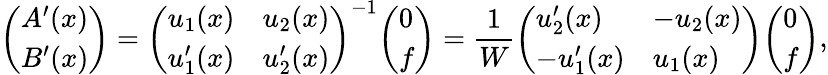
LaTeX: {\left(\begin{array}{l}{A^{\prime}(x)}\\ {B^{\prime}(x)}\end{array}\right)}={\left(\begin{array}{ll}{u_{1}(x)}&{u_{2}(x)}\\ {u_{1}^{\prime}(x)}&{u_{2}^{\prime}(x)}\end{array}\right)}^{-1}{\left(\begin{array}{l}{0}\\ {f}\end{array}\right)}={\frac{1}{W}}{\left(\begin{array}{ll}{u_{2}^{\prime}(x)}&{-u_{2}(x)}\\ {-u_{1}^{\prime}(x)}&{u_{1}(x)}\end{array}\right)}{\left(\begin{array}{l}{0}\\ {f}\end{array}\right)},